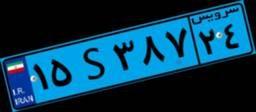
۱۵S۳۸۷۲۴